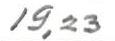
19,23